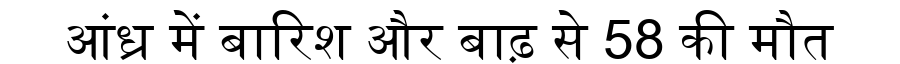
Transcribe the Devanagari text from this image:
आंध्र में बारिश और बाढ़ से 58 की मौत